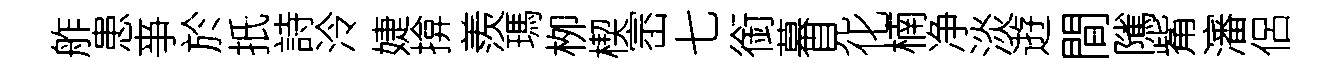
舴患亊於扺詩泠婕揜羨瑪栁楔崈七銜幕見化楠净淡逰間隲觜瀋侶